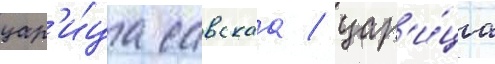
цар'и́ца савскаа / цар'и́ца